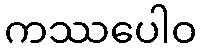
ကဿပေါဝ